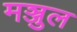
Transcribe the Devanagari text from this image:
मञ्जुल